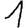
Digit: 1